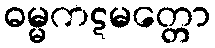
ဓမ္မကဋမတ္တော